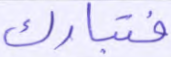
فتبارك